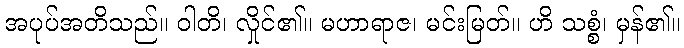
အပုပ်အတိသည်။ ဝါတိ၊ လှိုင်၏။ မဟာရာဇ၊ မင်းမြတ်။ ဟိ သစ္စံ၊ မှန်၏။